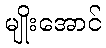
မျိုးအောင်